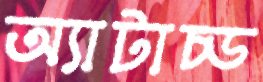
অ্যাটাচ্ড